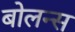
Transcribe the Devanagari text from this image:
बोलन्स